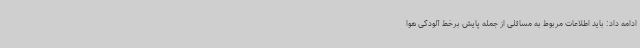
ادامه داد: باید اطلاعات مربوط به مسائلی از جمله پایش برخط آلودگی هوا